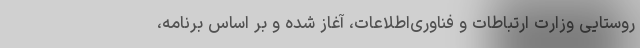
روستایی وزارت ارتباطات و فناوری‌اطلاعات، آغاز شده و بر اساس برنامه،